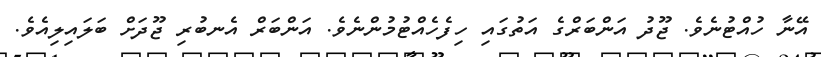
އޭނާ ހުއްޓުނެވެ. ޖޫދު އަންބަރްގެ އަތުގައި ހިފެހެއްޓުމުންނެވެ. އަންބަރް އެނބުރި ޖޫދަށް ބަލައިލިއެވެ.